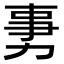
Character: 𠡸